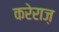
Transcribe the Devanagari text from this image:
करेराज़